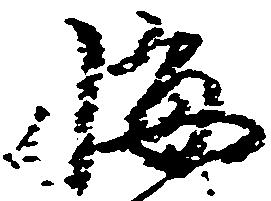
悔